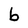
Character: b